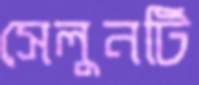
সেলুনটি